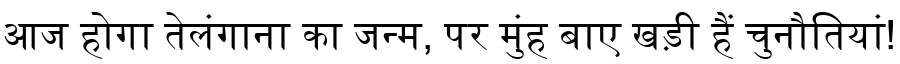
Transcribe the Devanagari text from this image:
आज होगा तेलंगाना का जन्म, पर मुंह बाए खड़ी हैं चुनौतियां!